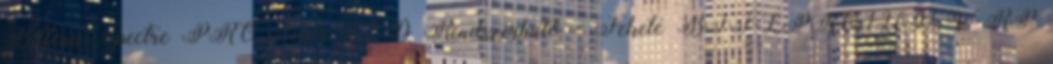
Bitfenix Spectre PRO Fehér LED Rendszerhűtő - Fekete BFF-LPRO-12025W-RP